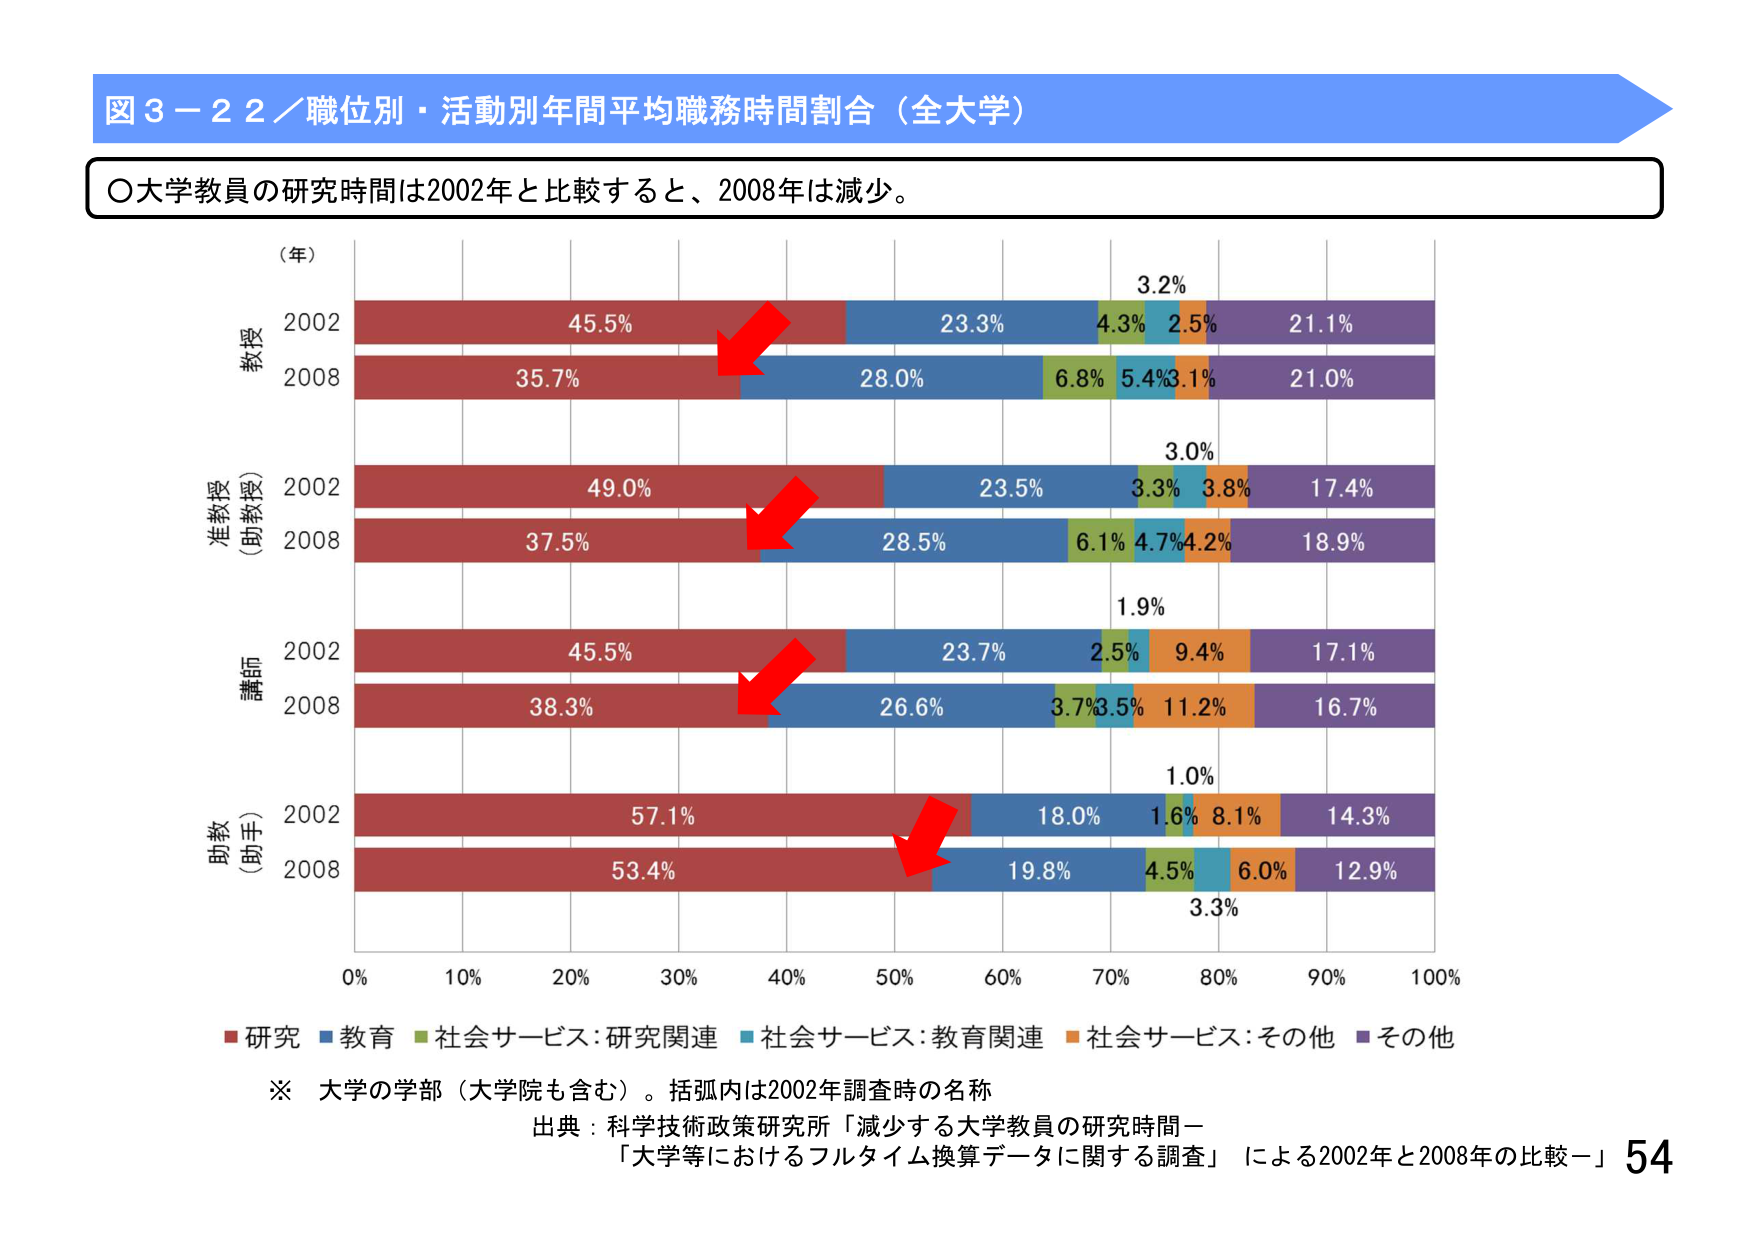
図３－２２／職位別・活動別年間平均職務時間割合（全大学）

○大学教員の研究時間は2002年と比較すると、2008年は減少。

（年）
教授
2002　45.5%　23.3%　4.3%　2.5%　21.1%
2008　35.7%　28.0%　6.8%　5.4%　3.1%　21.0%

准教授
（助教授）
2002　49.0%　23.5%　3.3%　3.8%　17.4%
2008　37.5%　28.5%　6.1%　4.7%　4.2%　18.9%

講師
2002　45.5%　23.7%　2.5%　9.4%　17.1%
2008　38.3%　26.6%　3.7%　3.5%　11.2%　16.7%

助教
（助手）
2002　57.1%　18.0%　1.6%　8.1%　14.3%
2008　53.4%　19.8%　4.5%　6.0%　12.9%

0%　10%　20%　30%　40%　50%　60%　70%　80%　90%　100%

■研究　■教育　■社会サービス：研究関連　■社会サービス：教育関連　■社会サービス：その他　■その他

※　大学の学部（大学院も含む）。括弧内は2002年調査時の名称

出典：科学技術政策研究所「減少する大学教員の研究時間－
「大学等におけるフルタイム換算データに関する調査」による2002年と2008年の比較－」54